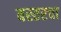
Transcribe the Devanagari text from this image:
बस्तरचा